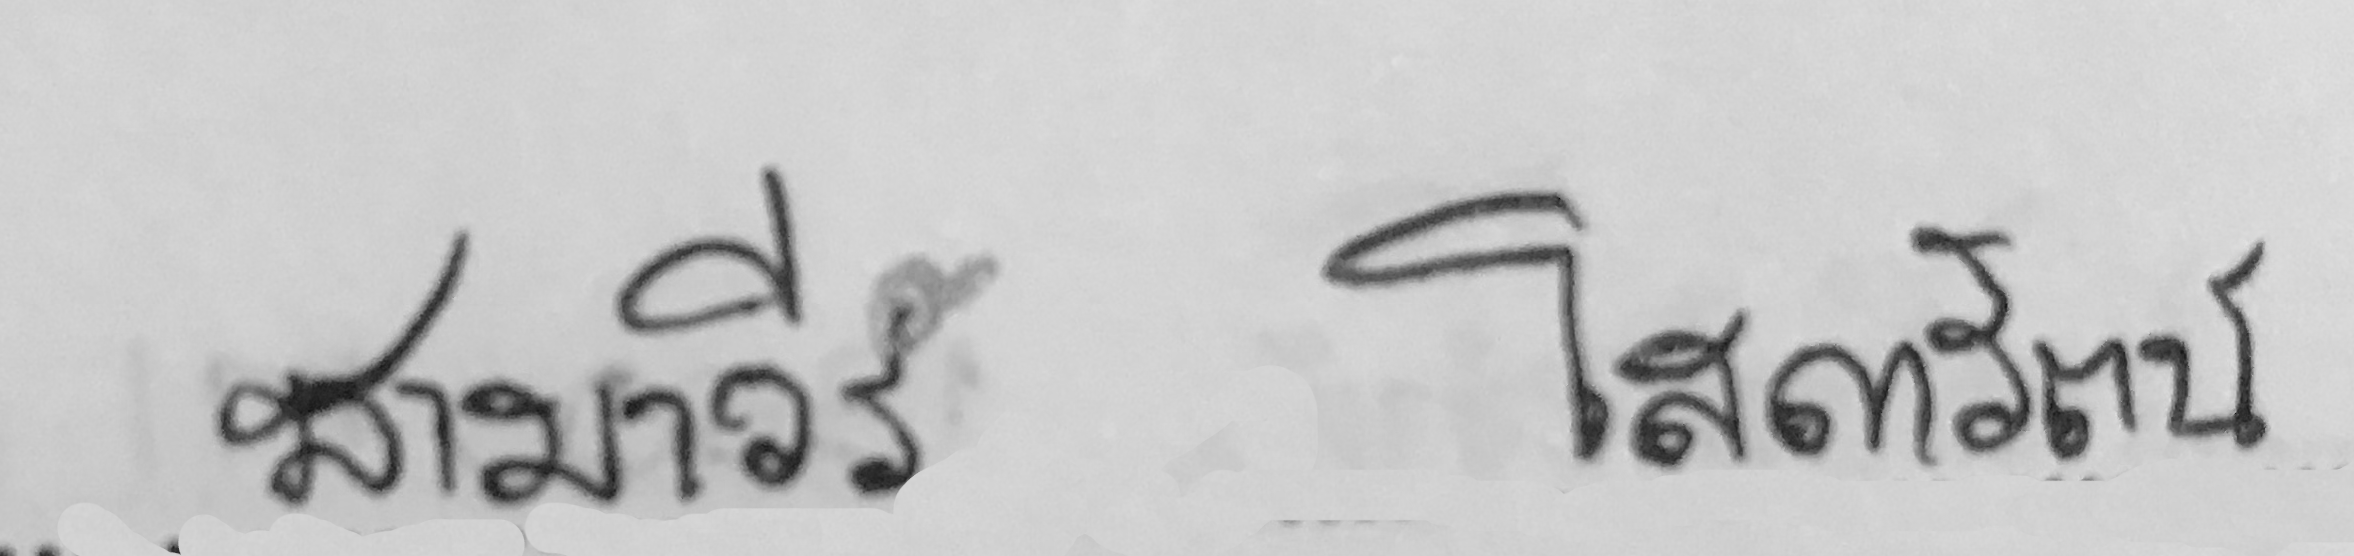
ชามาวีร์ โสดารัตน์